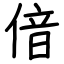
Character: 偣